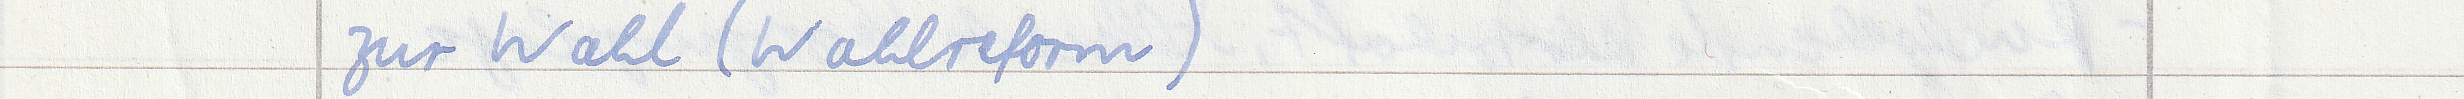
zur Wahl (Wahlreform)